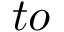
t o